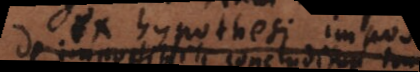
t ex hypothesi im